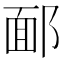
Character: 𨜧